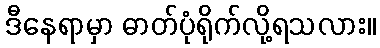
ဒီနေရာမှာ ဓာတ်ပုံရိုက်လို့ရသလား။